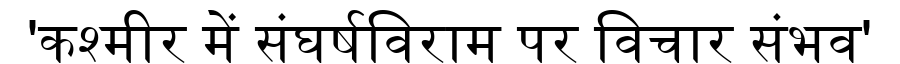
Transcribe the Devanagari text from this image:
'कश्मीर में संघर्षविराम पर विचार संभव'